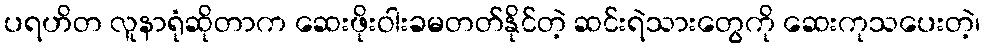
ပရဟိတ လူနာရုံဆိုတာက ဆေးဖိုးဝါးခမတတ်နိုင်တဲ့ ဆင်းရဲသားတွေကို ဆေးကုသပေးတဲ့၊